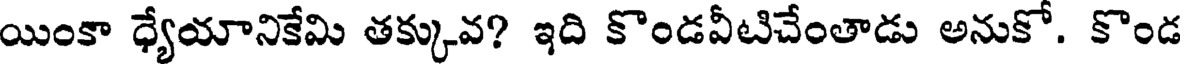
యింకా ధ్యేయానికేమి తక్కువ? ఇది కొండవీటిచేంతాడు అనుకో. కొండ